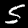
Label: 5